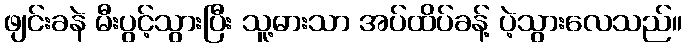
ဖျင်းခနဲ မီးပွင့်သွားပြီး သူ့ဓားသာ အပ်ထိပ်ခန့် ပဲ့သွားလေသည်။